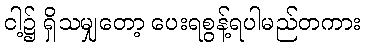
ငါ့၌ ရှိသမျှတော့ ပေးရစွန့်ရပါမည်တကား